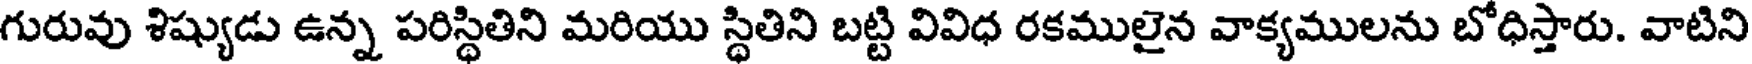
గురువు శిష్యుడు ఉన్న పరిస్థితిని మరియు స్థితిని బట్టి వివిధ రకములైన వాక్యములను బోధిస్తారు. వాటిని